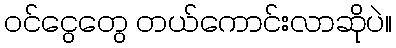
ဝင်ငွေတွေ တယ်ကောင်းလာဆိုပဲ။